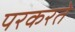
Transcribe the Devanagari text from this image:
परकरते